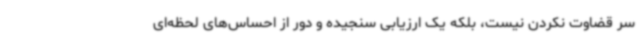
سر قضاوت نکردن نیست، بلکه یک ارزیابی سنجیده و دور از احساس‌های لحظه‌ای